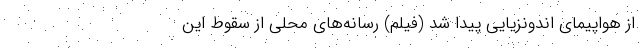
از هواپیمای اندونزیایی پیدا شد (فیلم) رسانه‌های محلی از سقوط این